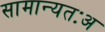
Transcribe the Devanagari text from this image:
सामान्यतःअ